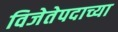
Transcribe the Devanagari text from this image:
विजेतेपदाच्या